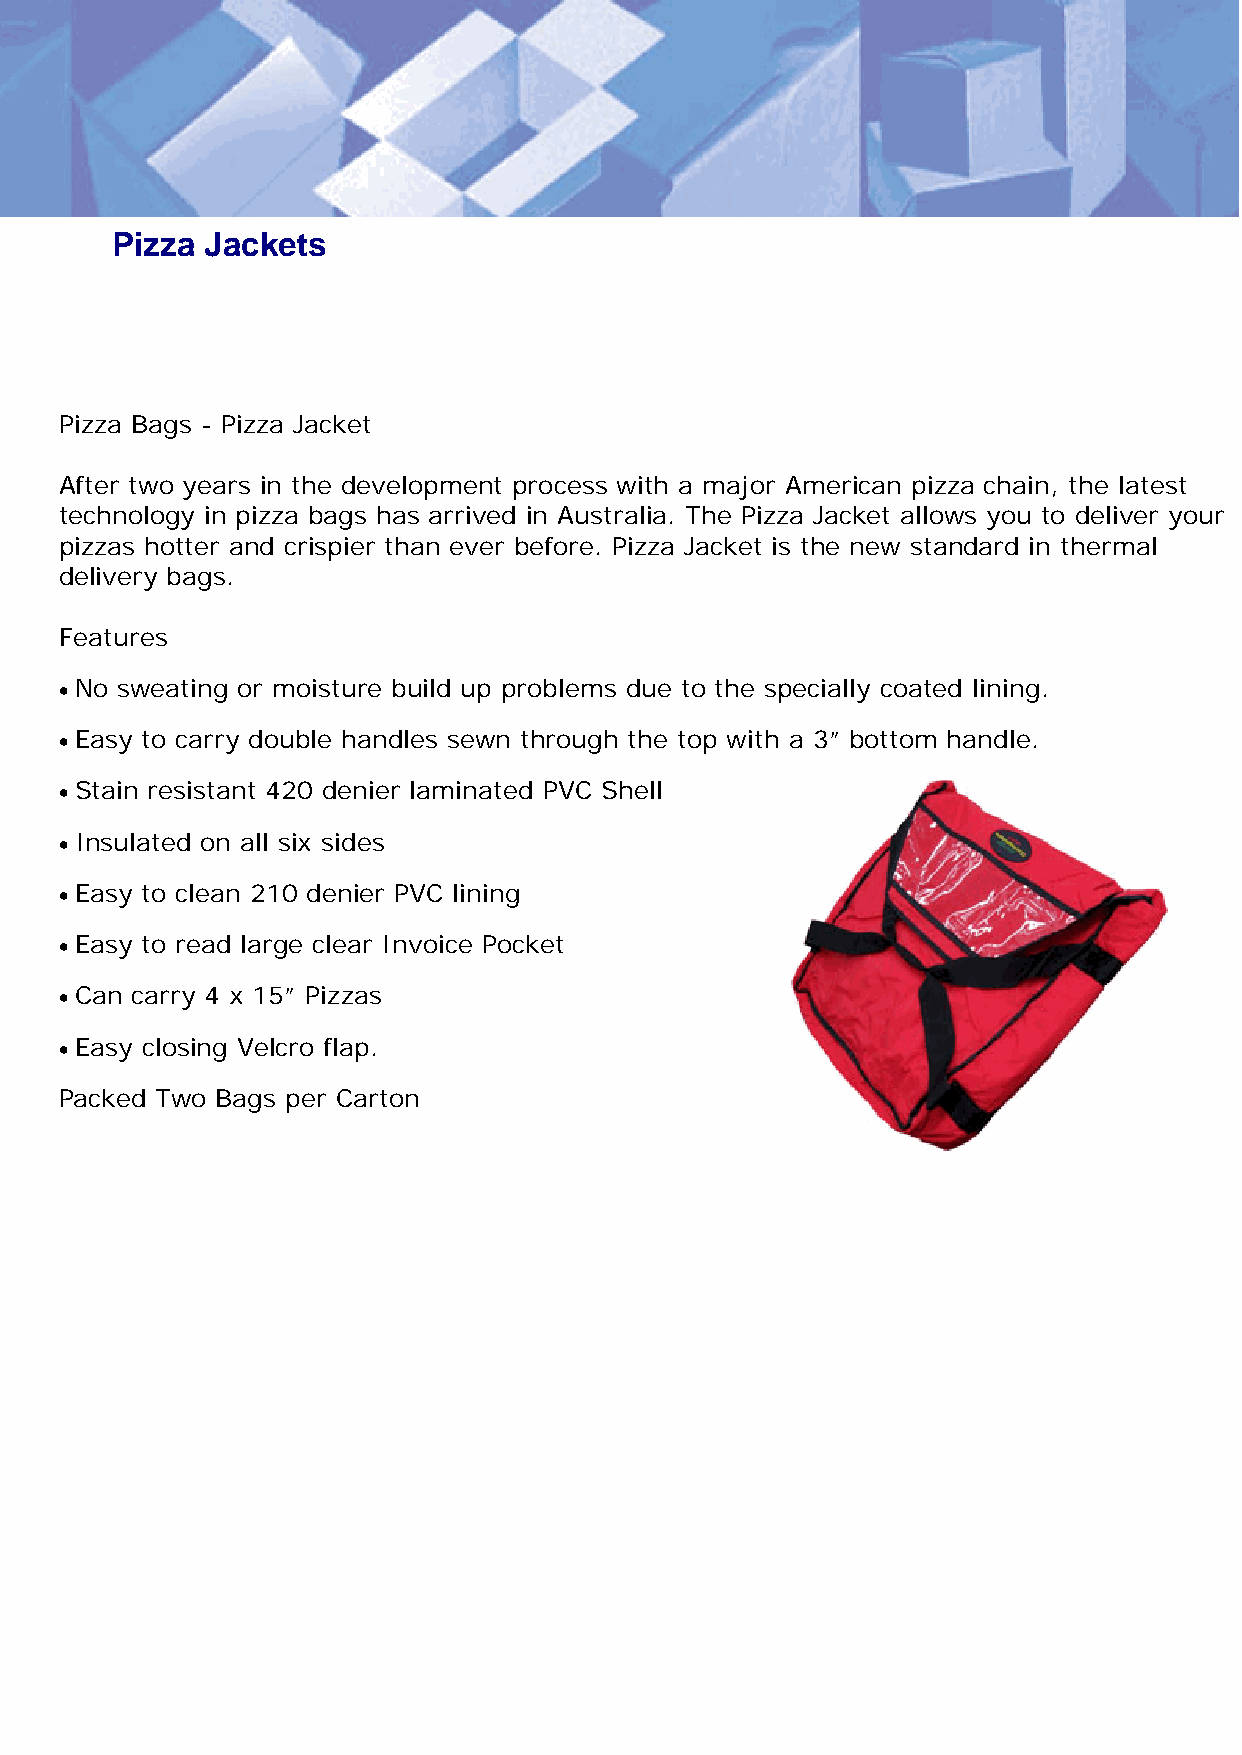
Pizza  Jackets
 Pizza Bags - Pizza Jacket
 After two years in the development process with a major American pizza chain, the latest
 technology in pizza bags has arrived in Australia. The Pizza Jacket allows you to deliver your
 pizzas hotter and crispier than ever before. Pizza Jacket is the new standard in thermal
 delivery bags.
 Features
 • No sweating or moisture build up problems due to the specially coated lining.
 • Easy to carry double handles sewn through the top with a 3” bottom handle.
 • Stain resistant 420 denier laminated PVC Shell
 • Insulated on all six sides
 • Easy to clean 210 denier PVC lining
 • Easy to read large clear Invoice Pocket
 • Can carry 4 x 15” Pizzas
 • Easy closing Velcro flap.
 Packed Two Bags per Carton